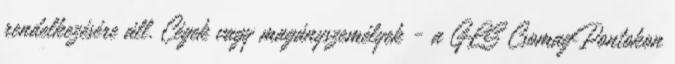
rendelkezésére áll. Cégek vagy magányszemélyek - a GLS CsomagPontokon